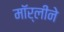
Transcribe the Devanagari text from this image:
मॉर्लीने